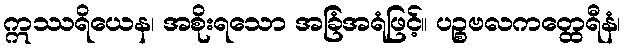
ဣဿရိယေန၊ အစိုးရသော အခြံအရံဖြင့်။ ပဉ္စဗလကတ္ထေရီနံ၊